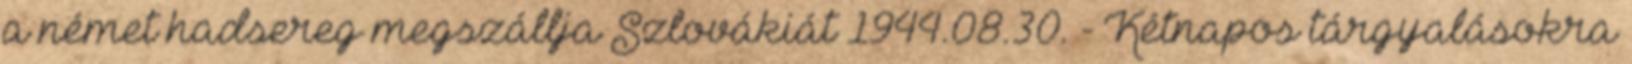
a német hadsereg megszállja Szlovákiát 1944.08.30. - Kétnapos tárgyalásokra